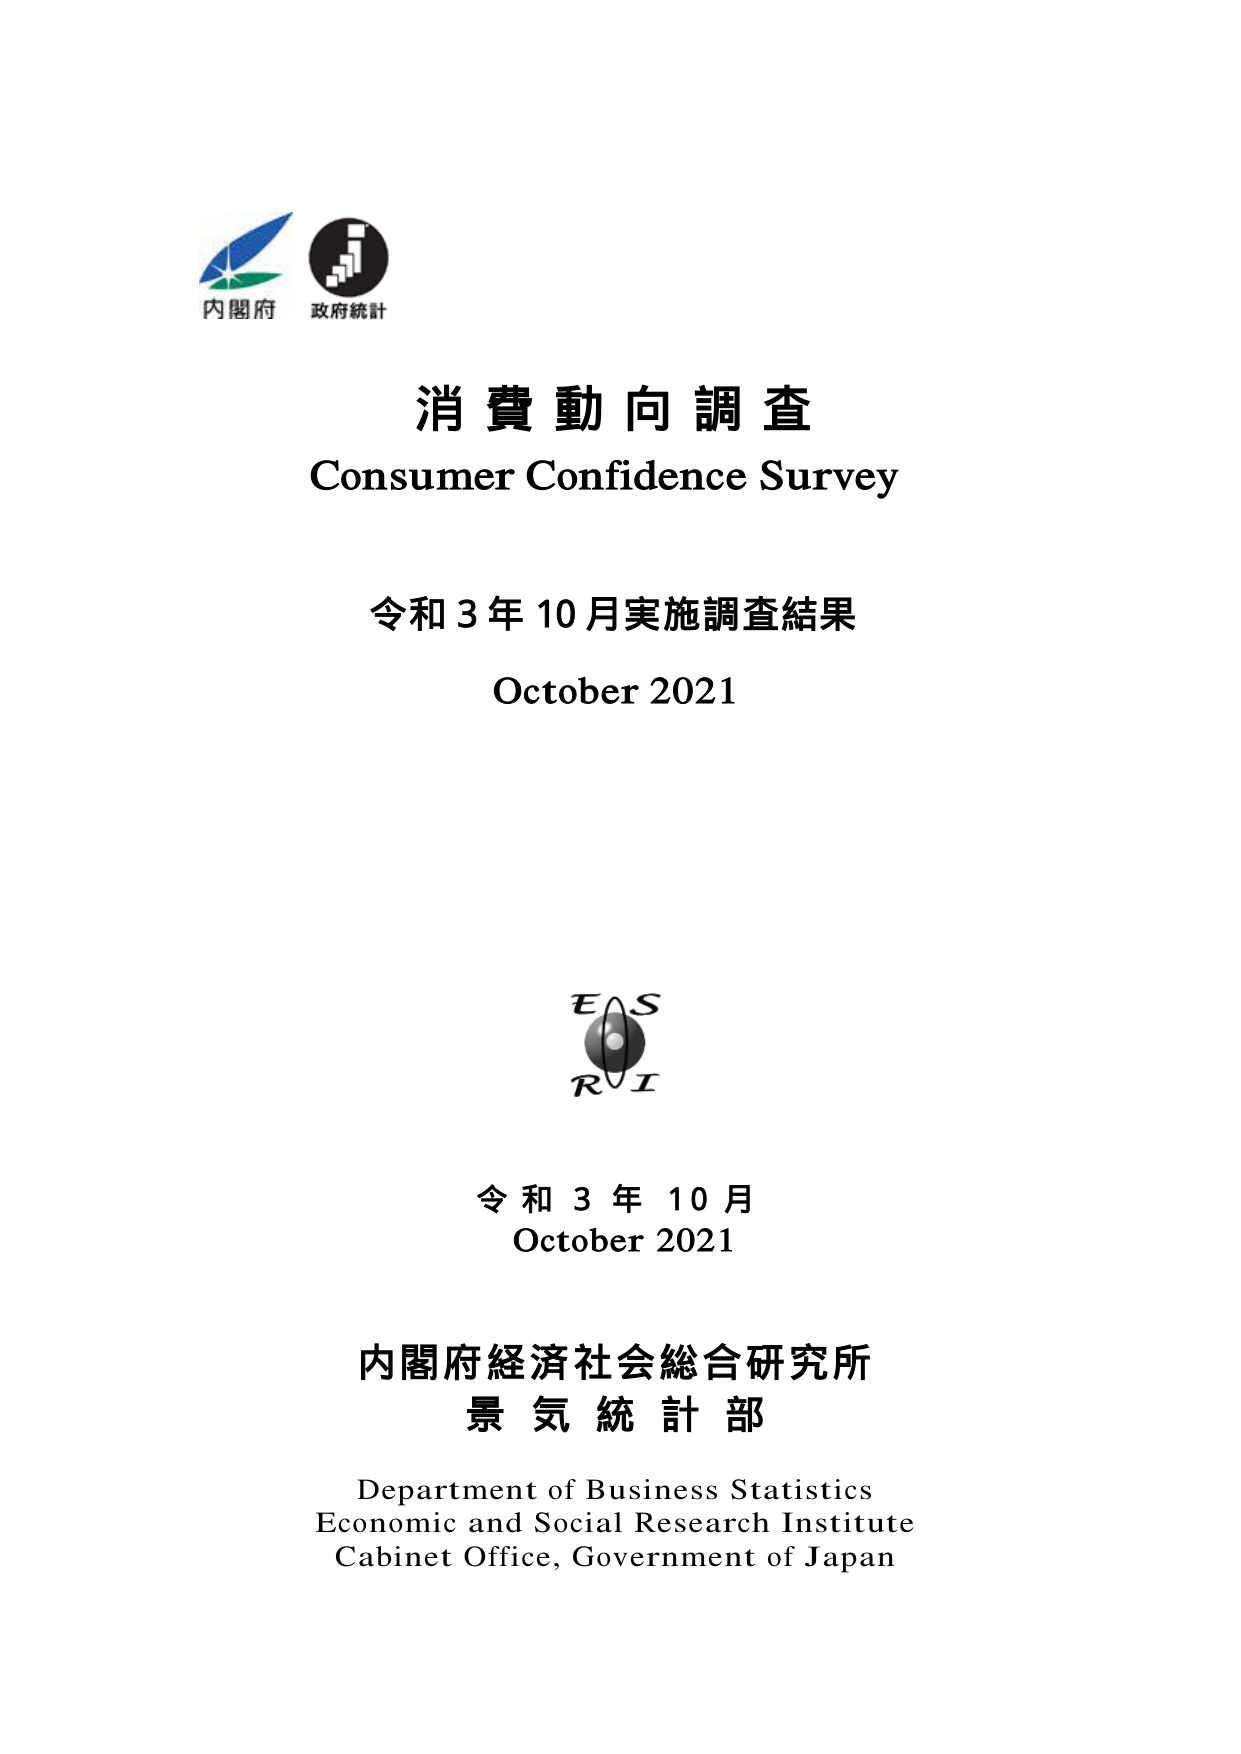
内閣府
政府統計

消費動向調査
Consumer Confidence Survey

令和3年10月実施調査結果
October 2021

E S
R I

令和3年10月
October 2021

内閣府経済社会総合研究所
景気統計部

Department of Business Statistics
Economic and Social Research Institute
Cabinet Office, Government of Japan